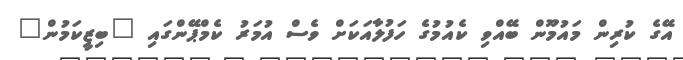
އޭގެ ކުރިން މައުމޫން ބޭއްވި ކެއުމުގެ ހަފުލާއަކަށް ވެސް އުމަރު ކެމްޕޭންގައި "ބިޒީކަމުން"